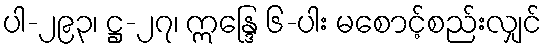
ပါ-၂၉၃၊ ဋ္ဌ-၂၇၊ ဣန္ဒြေ ၆-ပါး မစောင့်စည်းလျှင်